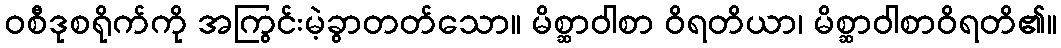
ဝစီဒုစရိုက်ကို အကြွင်းမဲ့ခွာတတ်သော။ မိစ္ဆာဝါစာ ဝိရတိယာ၊ မိစ္ဆာဝါစာဝိရတိ၏။